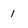
Character: 1